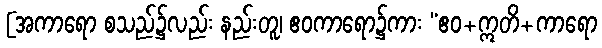
[အကာရော စသည်၌လည်း နည်းတူ၊ ဧဝကာရော၌ကား “ဧဝ+ဣတိ+ကာရော